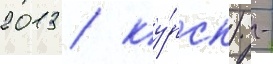
2013 / ку́рск) -